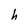
Character: h